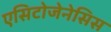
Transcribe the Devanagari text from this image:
एसिटोजेनेसिस